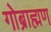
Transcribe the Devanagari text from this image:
गोब्राह्मण